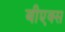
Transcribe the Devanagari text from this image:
बीएक्स